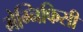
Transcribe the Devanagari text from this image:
मेग्निफिसी